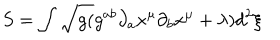
S = \int \sqrt { g ( } g ^ { a b } \partial _ { a } x ^ { \mu } \partial _ { b } x ^ { \mu } + \lambda ) d ^ { 2 } \xi